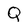
Character: Q